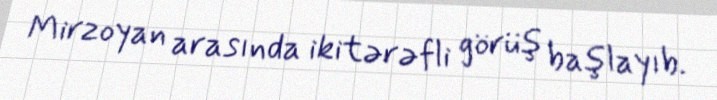
Mirzoyan arasında ikitərəfli görüş başlayıb.